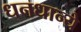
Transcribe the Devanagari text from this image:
धनधान्ये